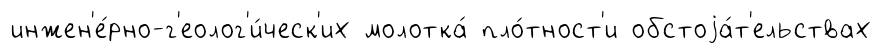
инжен'е́рно-г'еолог'и́ческ'их молотка́ пло́тност'и обстоjа́т'ельствах